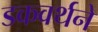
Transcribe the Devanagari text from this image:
डकवर्थने